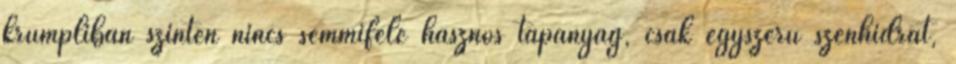
krumpliban szintén nincs semmiféle hasznos tápanyag, csak egyszerű szénhidrát,